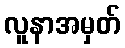
လူနာအမှတ်